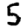
Digit: 5